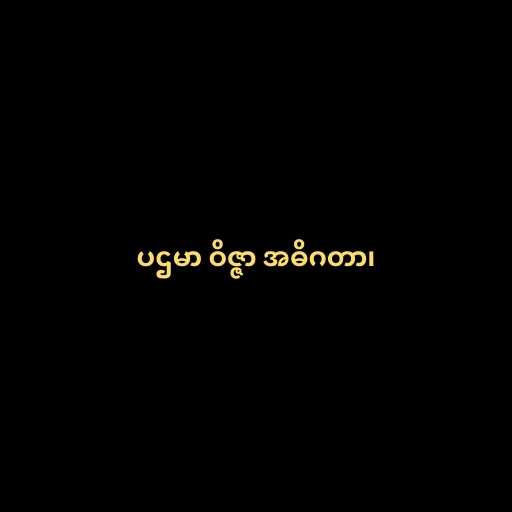
ပဌမာ ဝိဇ္ဇာ အဓိဂတာ၊